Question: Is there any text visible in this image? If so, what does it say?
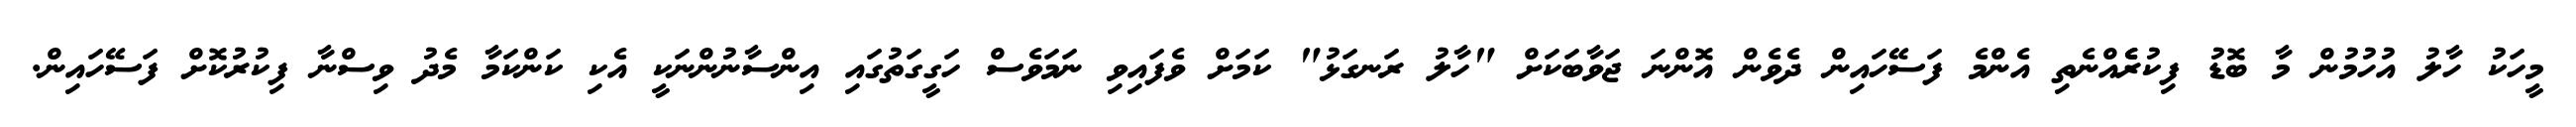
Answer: މީހަކު ހާލު އުހުމުން މާ ބޮޑު ފިކުރެެއްނެތި އެންމެ ފަސޭހައިން ދެވެން އޮންނަ ޖަވާބަކަށް "ހާލު ރަނގަޅު" ކަމަށް ވެފައިވި ނަމަވެސް ހަގީގަތުގައި އިންސާނުންނަކީ އެކި ކަންކަމާ މެދު ވިސްނާ ފިކުރުކޮށް ފަސޭހައިން.